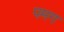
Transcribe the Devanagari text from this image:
पमग